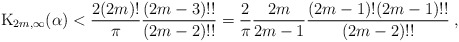
\begin{align*} {\rm K}_{2m,\infty}(\alpha) < {2(2m)! \over \pi}{(2m-3)!! \over (2m-2)!!}={2\over \pi}{2m \over 2m-1}{(2m-1)! (2m-1)!! \over (2m-2)!!}\;,\end{align*}